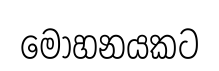
මෝහනයකට